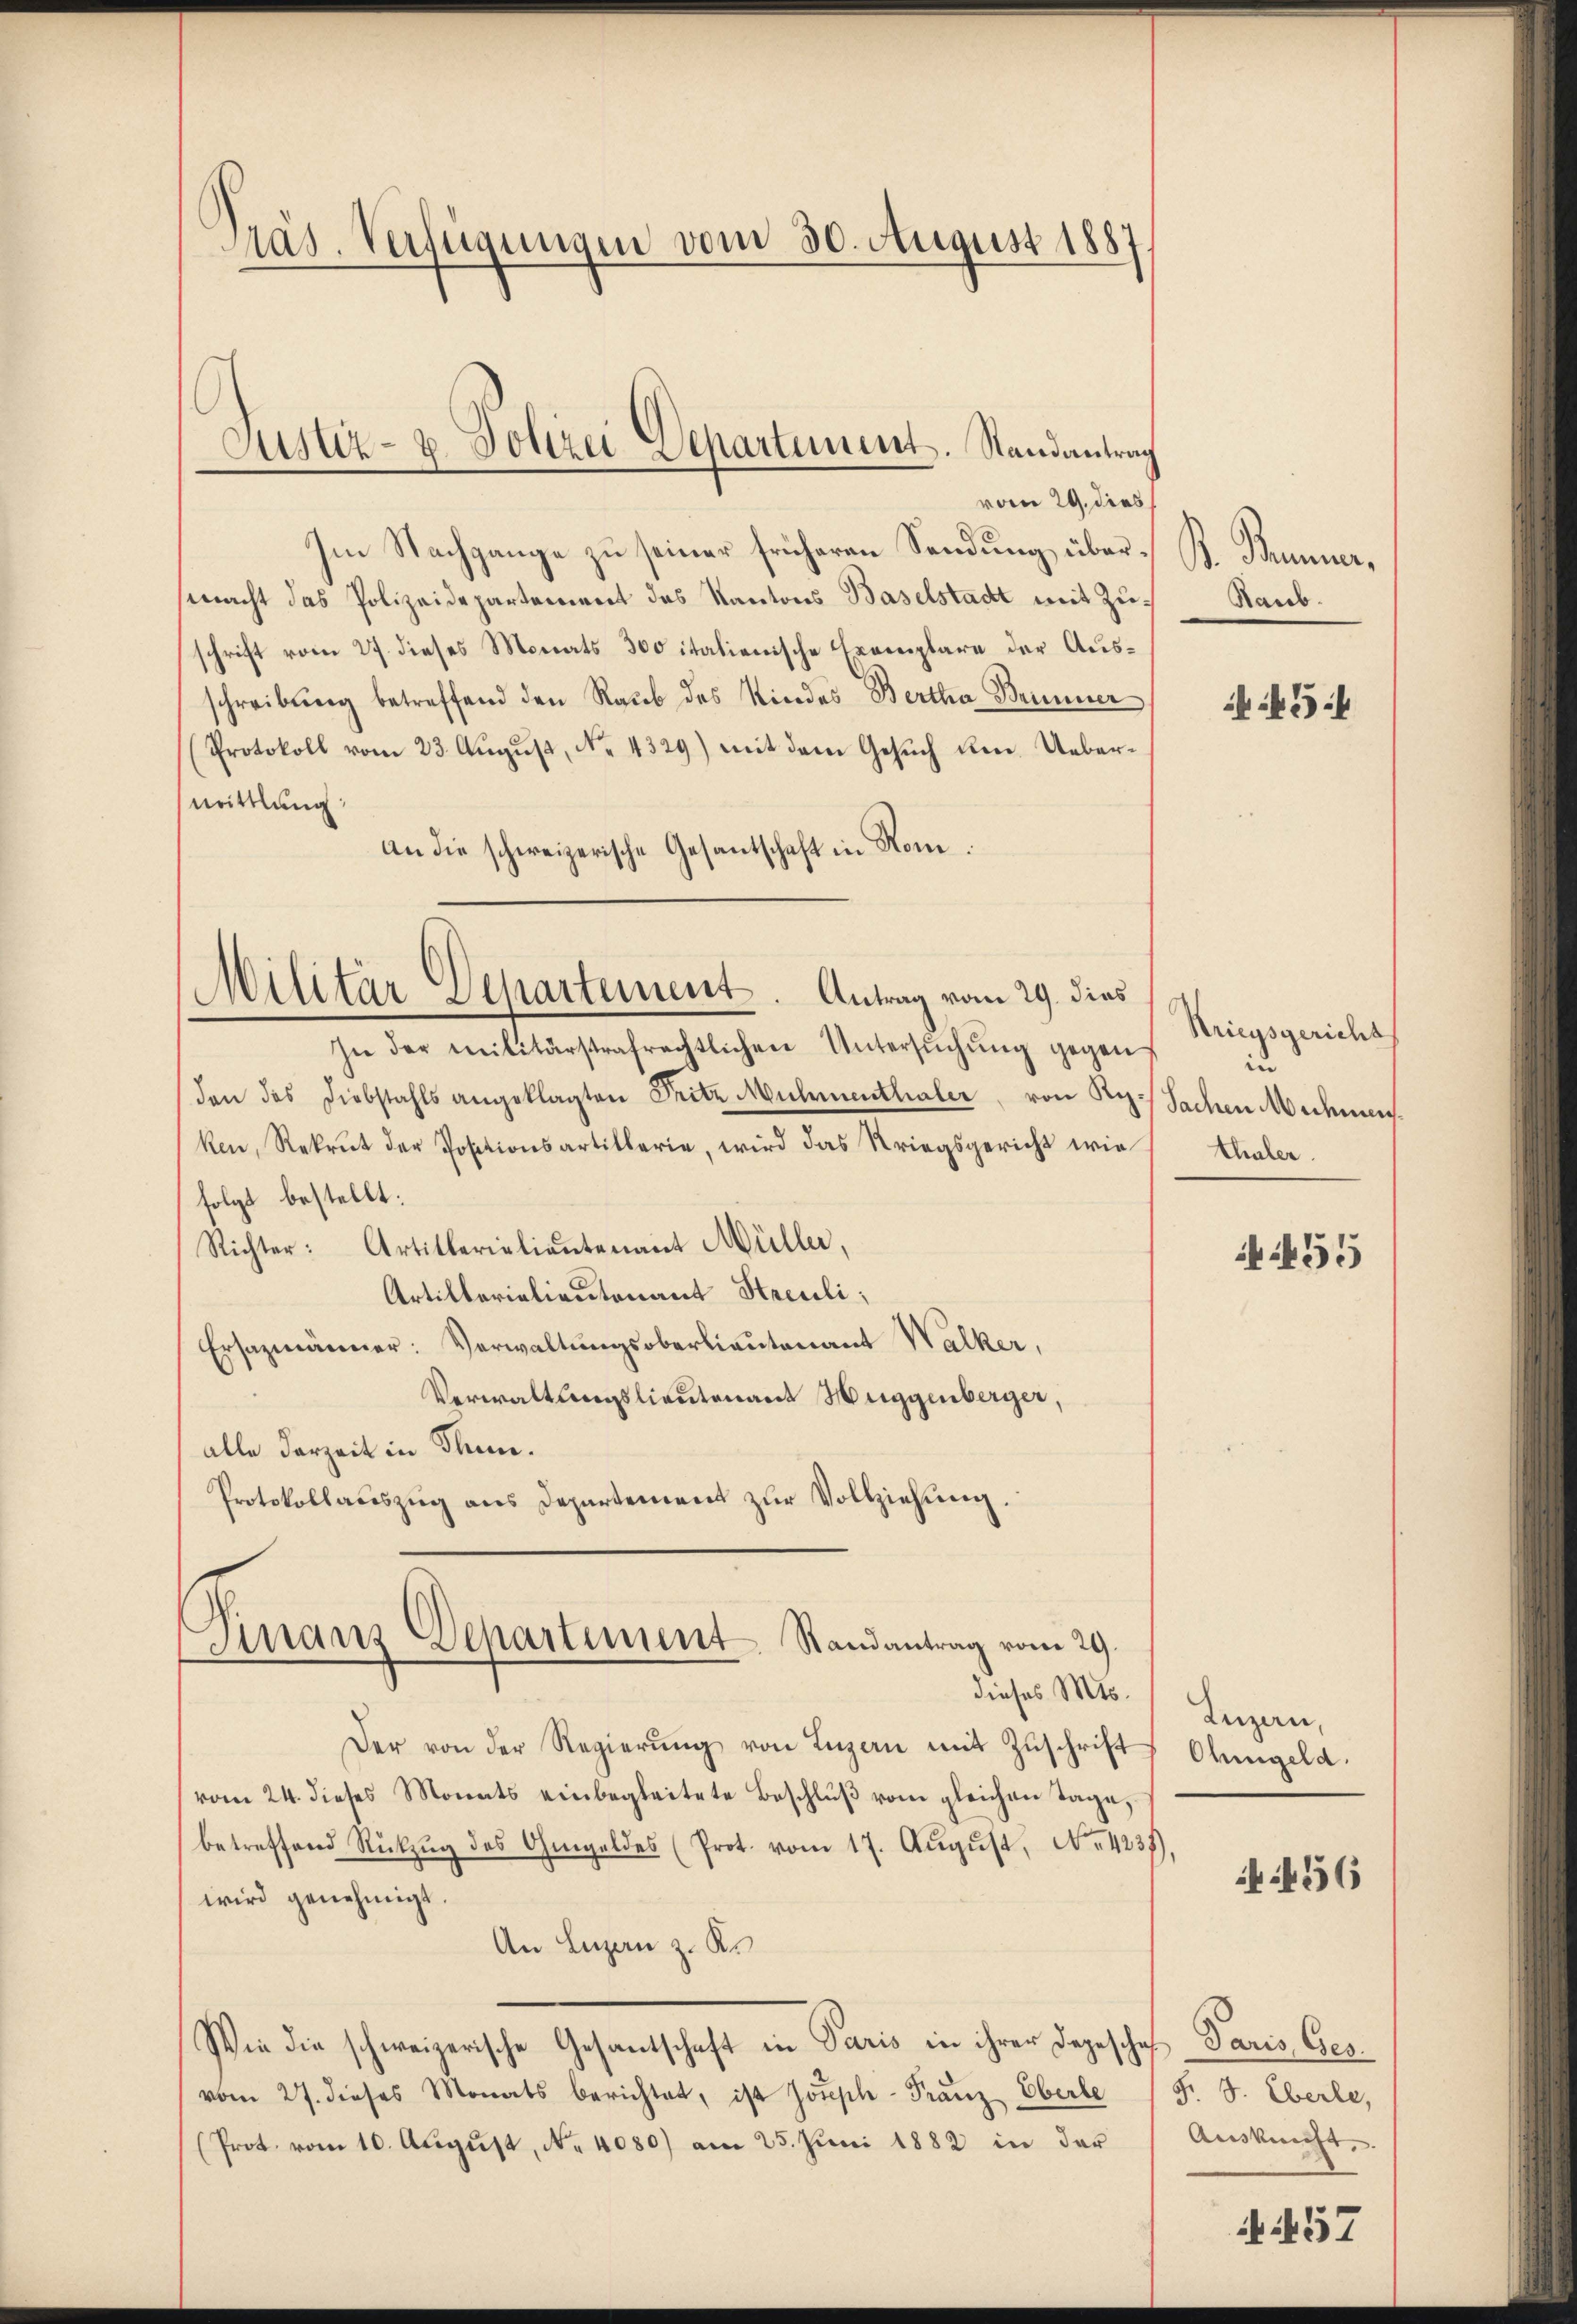
Präs. Verfügungen vom 30. August 1887

Im Nachgange zu seiner früheren Sendung übermacht das Polizeidepartement des Kantons Baselstadt mit Zuschrift vom 27. dieses Monats 300 italienische Exemplare der Ausschreibung betreffend den Raub des Kindes Bertha Brunner
Protokoll vom 23. Aŭgŭst No. 4329) mit dem Gesŭch um Uebermittlung:
An die schweizerische Gesantschaft in Rom.
In der militärstrafrechtlichen Untersŭchŭng gegen
den das Diebstahls angeklagten Pritz Muhmenthaler, von Ry./ Sachen Medenens
ken, Rekrut der Positionsartillerie, wird das Kriegsgericht wie Eheler.
folgt bestellt:
Richter: Artitterialieŭtenant Müller,
Artillerialientenant Streuli;
Ersazmänner: Verwaltŭngsoberlieutenant Walker,
Verwaltungslieutenant Huggenberger,
alle derzeit in Thun.
Protokollauszug aus Departement zur Vollziehung.
Finanz-Departement Randantrag vom 29.
dieses Mts. Luzern,
Der von der Regierŭng von Luzern mit Zuschrift Ohmgeld.
vom 24. dieses Monats einbegleitete Beschluß vom gleichen Tage,
betreffend Rükzŭg des Ohmgeldes (Prot. vom 17. Aŭgŭst No. 4237),
wird genehmigt.
An Luzern z. K.
Wie die schweizerische Gesantschaft in Paris in ihrer Depeschef Paris Gesvom 27. dieses Monats berichtet, ist Joseph-Franz Eberle
(Prot. vom 10. August, No 4080) am 25. Juni 1882 in der

Justiz- u. Polizei Departement. Randantrag
vom 29. dies

Militär Departement. Antrag vom 29. dies

S. Bumme,
Raub.

5

Striegsgericht
in

455

456

F. J. Eberle,
Auskunft.

457